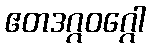
ဧတဒဂ္ဂဝဂ္ဂေါ